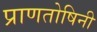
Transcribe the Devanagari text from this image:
प्राणतोषिनी